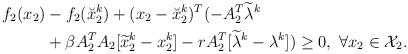
LaTeX: \begin{align*} \begin{aligned} f_2(x_2)&-f_2(\breve{x}_2^k)+(x_2-\breve{x}_2^k)^T( -A_2^T\widetilde{\lambda}^k\\&+\beta A_2^T A_2[\widetilde{x}_2^k-x_2^k]-rA_2^T[\widetilde{\lambda}^k-\lambda^k] )\geq 0,~\forall x_2\in\mathcal{X}_2. \end{aligned} \end{align*}